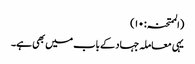
(الممتحنہ: ۱۰)
یہی معاملہ جہاد کے باب میں بھی ہے۔